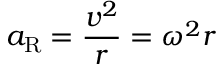
a _ { \mathrm { R } } = { \frac { v ^ { 2 } } { r } } = \omega ^ { 2 } r